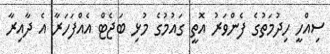
ސިއްހީ ހިދުމަތުގެ ފެންވަރު އޮތީ ގައުމުގެ މުޅި ބަޖެޓް އެއްފަހަރާ އެ ދާއިރާ